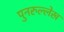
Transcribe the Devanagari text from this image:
पुनरुल्लेख